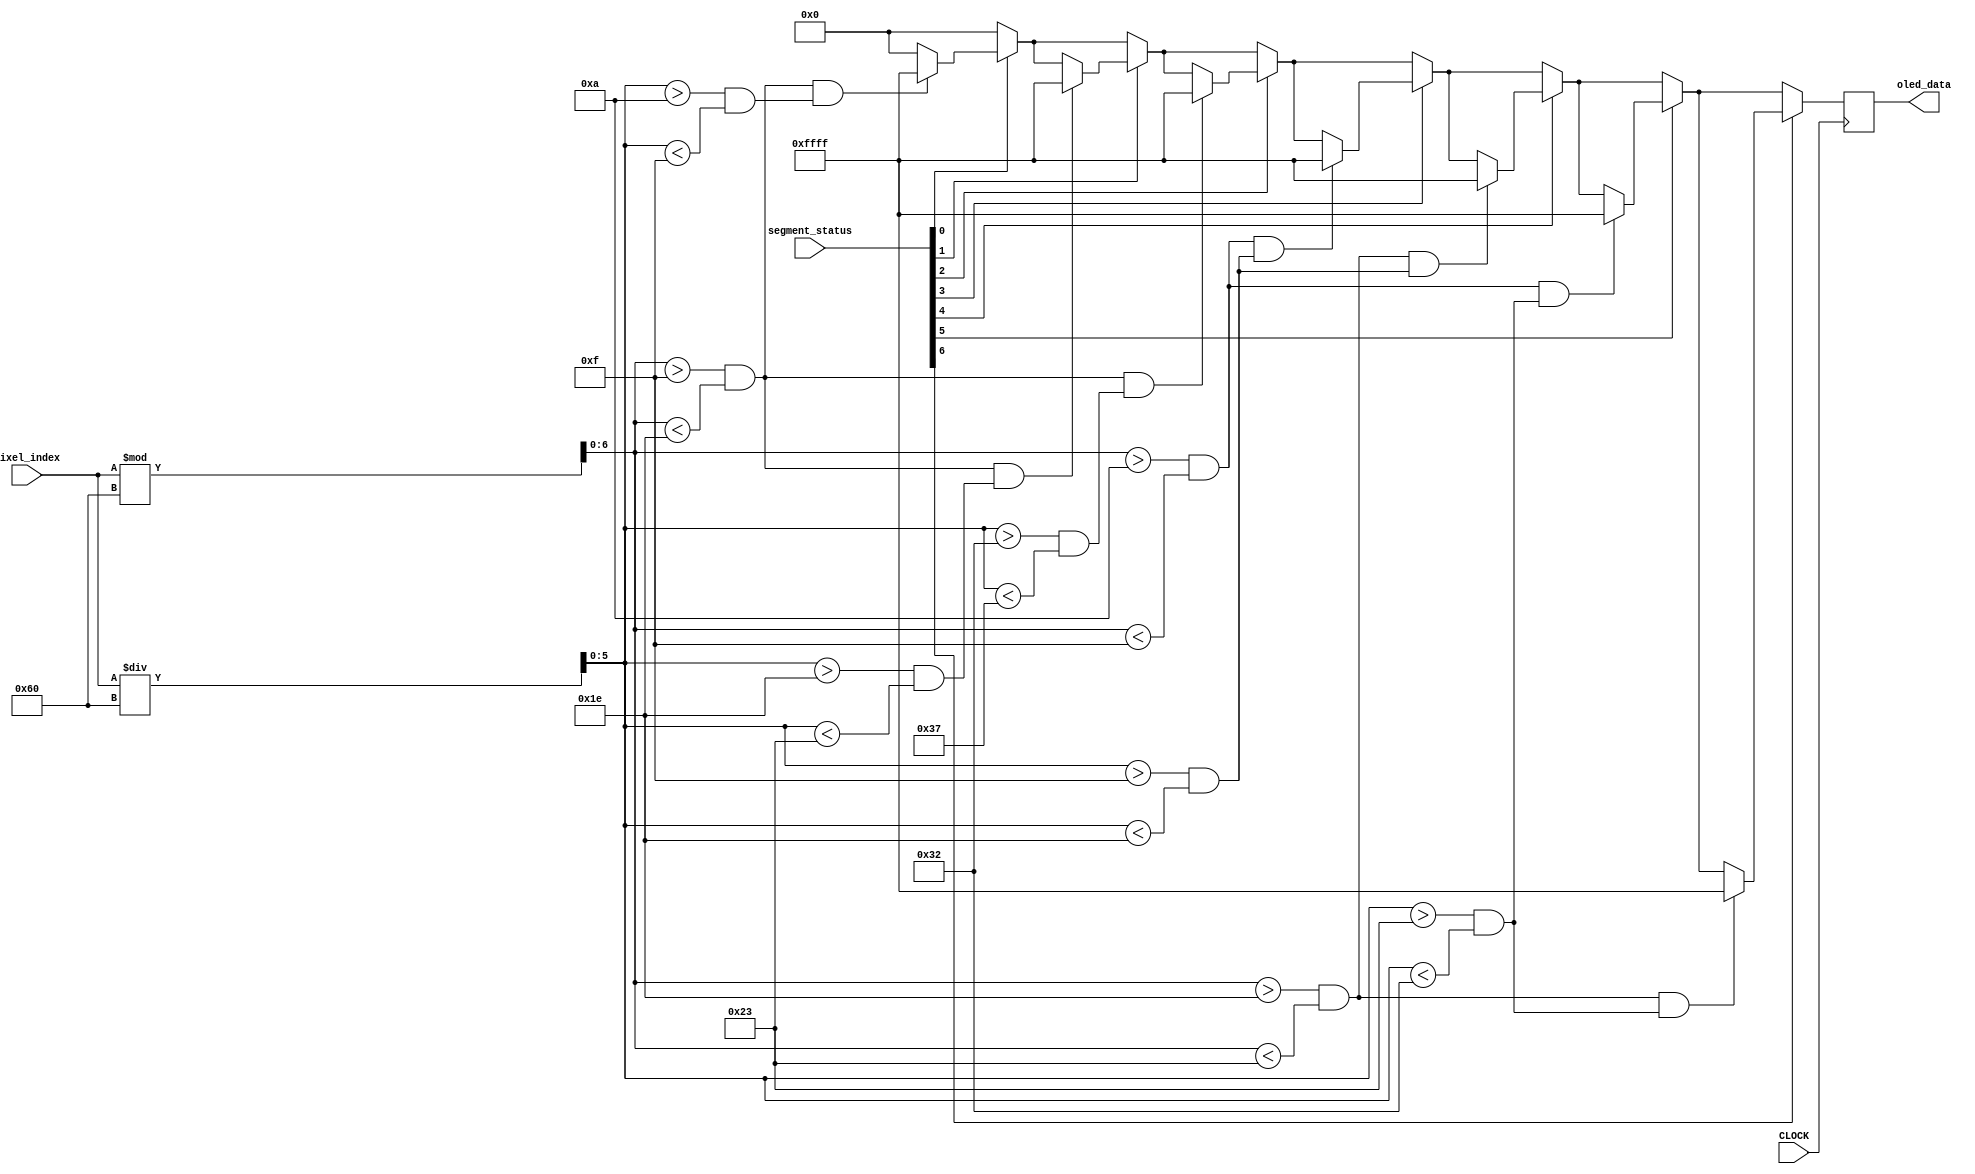
module seg_blocks(
    input CLOCK,
    input [12:0] pixel_index,
    input [12:0] segment_status,
    output reg [15:0] oled_data
    );
    wire [6:0] x; //from 0 to 95
    wire [5:0] y;
    reg p15 = 0;
    
    assign x = pixel_index%96;
    assign y = pixel_index/96;
    always @(posedge CLOCK) begin
    //middle blocks

        oled_data = 4'h0000;
        if (segment_status[0]) begin 
            if( (x > 15 && x < 30) && (y > 10 && y < 15) ) begin
                oled_data <= 16'b1111111111111111;
            end
        end        
        
        if (segment_status[1]) begin
            if( (x > 15 && x < 30) && (y > 30 && y < 35) ) begin
                oled_data <= 16'b1111111111111111;
            end    
        end

        if (segment_status[2]) begin
            if( (x > 15 && x < 30) && (y > 50 && y < 55) ) begin
                oled_data <= 16'b1111111111111111;
            end          
        end
        if (segment_status[3]) begin
            if( (x > 10 && x < 15) && (y > 15 && y < 30) ) begin
                oled_data <= 16'b1111111111111111;
            end          
        end
        if (segment_status[4]) begin
            if( (x > 30 && x < 35) && (y > 15 && y < 30) ) begin
                oled_data <= 16'b1111111111111111;
            end           
        end
        if (segment_status[5]) begin
            if( (x > 10 && x < 15) && (y > 35 && y < 50) ) begin
                oled_data <= 16'b1111111111111111;
            end          
        end
        if (segment_status[6]) begin
            if( (x > 30 && x < 35) && (y > 35 && y < 50) ) begin
                oled_data <= 16'b1111111111111111;
            end
        end
    end
        
    
   
endmodule